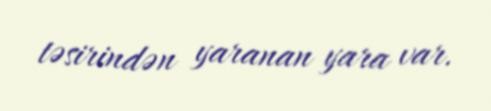
təsirindən yaranan yara var.